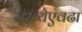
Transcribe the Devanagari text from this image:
संख्येएवढा